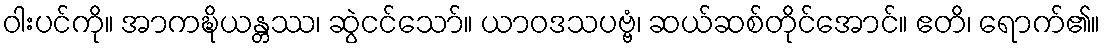
ဝါးပင်ကို။ အာကဍ္ဎိယန္တဿ၊ ဆွဲငင်သော်။ ယာဝဒသပဗ္ဗံ၊ ဆယ်ဆစ်တိုင်အောင်။ ဧတိ၊ ရောက်၏။